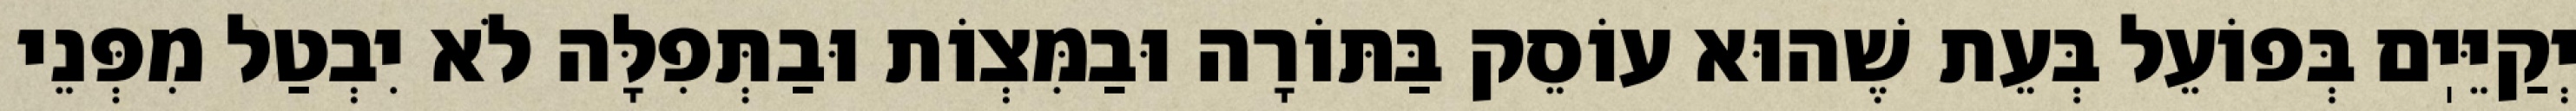
יְקַיֵּיֽם בְּפוֹעֵל בְּעֵת שֶׁהוּא עוֹסֵק בַּתּוֹרָה וּבַמִּצְוֹת וּבַתְּפִלָּה לֹא יִבְטַל מִפְּנֵי